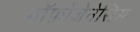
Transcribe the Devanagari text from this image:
मॉर्फ़ोजेनेसिस